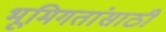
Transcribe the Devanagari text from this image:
भूमिगतांसाठी